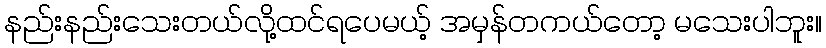
နည်းနည်းသေးတယ်လို့ထင်ရပေမယ့် အမှန်တကယ်တော့ မသေးပါဘူး။